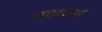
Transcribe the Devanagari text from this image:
व्याकरणं